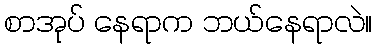
စာအုပ် နေရာက ဘယ်နေရာလဲ။